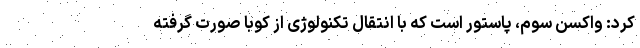
کرد: واکسن سوم، پاستور است که با انتقال تکنولوژی از کوبا صورت گرفته